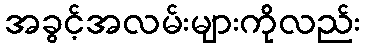
အခွင့်အလမ်းများကိုလည်း